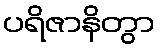
ပရိဇာနိတွာ